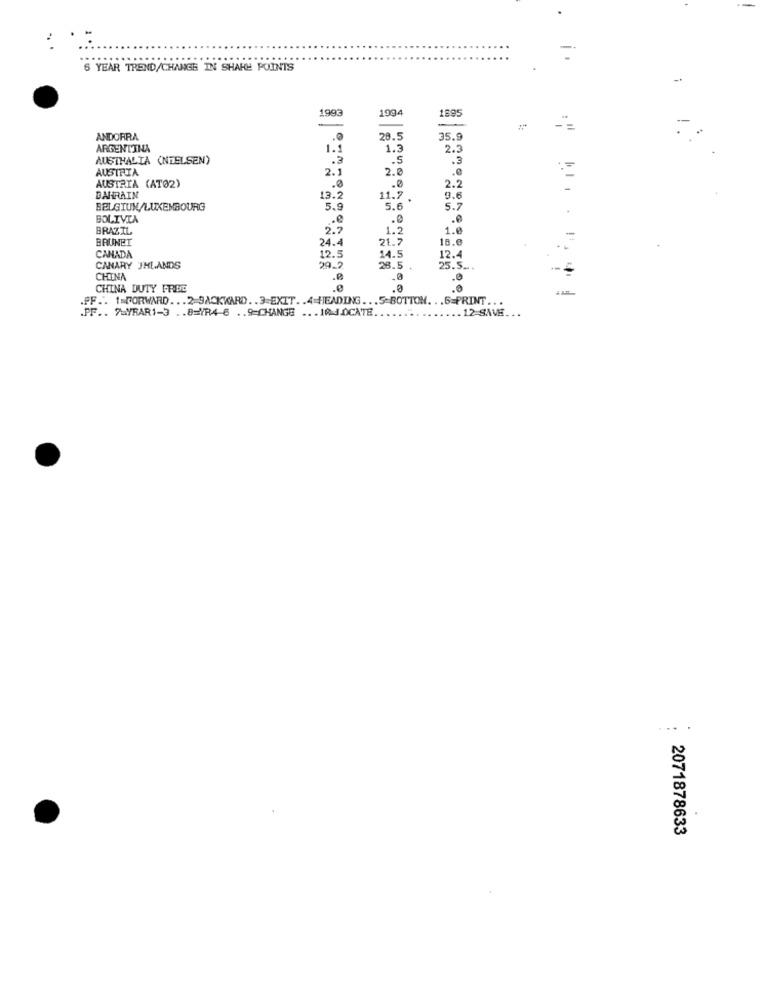
-
6 YEAR TREND/CHANGE IN SHARE POINTS
1993
1994
1895
-
-
- -
ANDORRA
.0
28.5
35.9
ARGENTINA
1.1
1.3
2 .:
AUSTHALIA (NIELSEN)
.3
.5
.3
AUSTRIA
2.1
2.0
.0
.0
AUSTRIA (AT02)
.0
2.2
BAHRAIN
13.2
11.7
9.6
BELGIUM/LUXEMBOURG
5.9
5.6
5.7
BOLIVIA
.0
BRAZIL
2.7
1.2
1.0
BRUNET
21.7
18.6
24.4
12.4
CANADA
12.5
14.5
CANARY JHLANDS
29.2
28.5 .
25.5 ...
CHINA
.a
.0
CHINA DUTY FREE
.e
.0
.PF .. 1=FORWARD ... 2-9ACKKARD .. 3-EXIT .. 4=HEADING ... 5-BOTTON. .. 6=PRINT ..
.PF .. 7MYRAR1-3 .. 8=VR4-6 .. 9=CHANGE ... 10 J.0CATE.
12 SAVE ..
..
2071878633